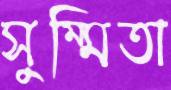
সুম্মিতা